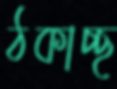
ঠকাচ্ছ